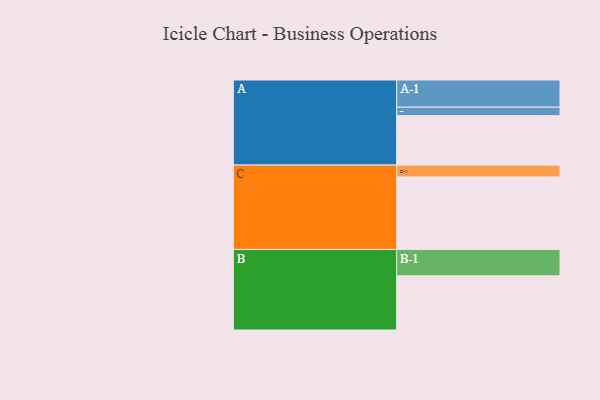
{"axis": {"x": "Segment", "y": "Value"}, "legend": ["", "A", "B", "C"], "data": [{"x": "A", "y": 371, "type": ""}, {"x": "B", "y": 407, "type": ""}, {"x": "C", "y": 545, "type": ""}, {"x": "A-1", "y": 204, "type": "A"}, {"x": "A-2", "y": 64, "type": "A"}, {"x": "B-1", "y": 198, "type": "B"}, {"x": "C-1", "y": 89, "type": "C"}]}